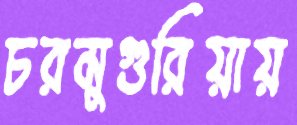
চরমুগুরিয়ায়